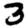
Digit: 3